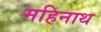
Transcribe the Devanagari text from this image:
महिनाथ